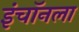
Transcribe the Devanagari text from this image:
इंचॉनला